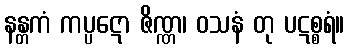
နန္တကံ ကပ္ပဋော ဇိဏ္ဏ၊ ဝသနံ တု ပဋစ္စရံ။